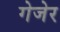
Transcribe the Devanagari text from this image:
गेजेर